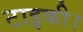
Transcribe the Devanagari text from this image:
टाइकी।